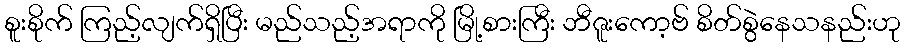
စူးစိုက် ကြည့်လျက်ရှိပြီး မည်သည့်အရာကို မြို့စားကြီး ဘီဇူးကော့ဗ် စိတ်စွဲနေသနည်းဟု